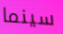
سينما